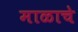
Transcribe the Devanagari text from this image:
माळाचे